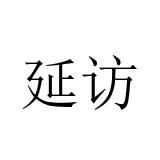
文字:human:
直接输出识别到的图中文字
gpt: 延访